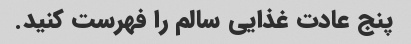
پنج عادت غذایی سالم را فهرست کنید.